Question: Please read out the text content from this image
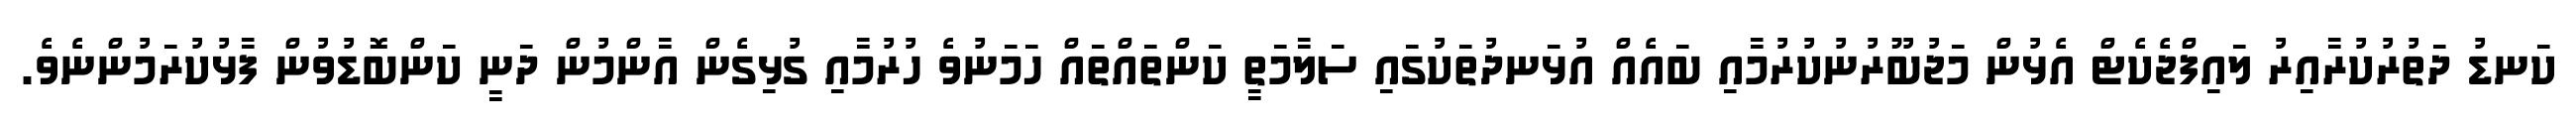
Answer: ކަނޑު ދަތުރުކުރާއިރު ލައިފްޖެކެޓް އެޅުން މަޖުބޫރުނުކުރުމާއި ބައެއް އުޅަނދުތަކުގައި ސަލާމަތީ ކަންތައްތައް ހަމަނުވެ ހުރުމާއި ގުޅިގެން އާންމުން ދަނީ ކަންބޮޑުވުން ފާޅުކުރަމުންނެވެ.